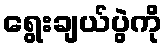
ရွေးချယ်ပွဲကို